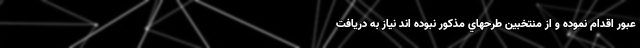
عبور اقدام نموده و از منتخبين طرحهاي مذكور نبوده اند نياز به دريافت